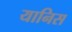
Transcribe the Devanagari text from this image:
यानिस